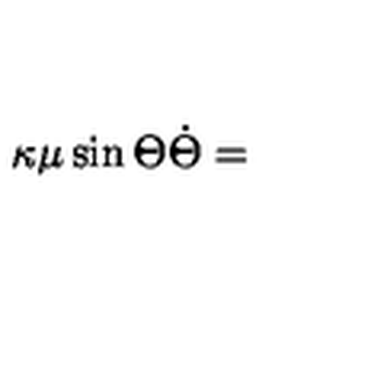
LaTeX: \kappa \mu \sin \Theta \dot { \Theta } =